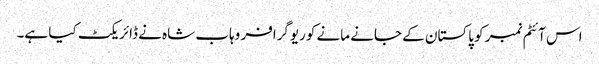
اس آئٹم نمبر کو پاکستان کے جانے مانے کوریوگرافر وہاب شاہ نے ڈائریکٹ کیا ہے۔